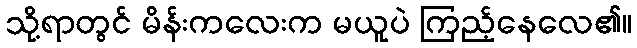
သို့ရာတွင် မိန်းကလေးက မယူပဲ ကြည့်နေလေ၏။